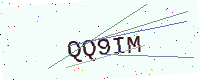
Text: QQ9IM